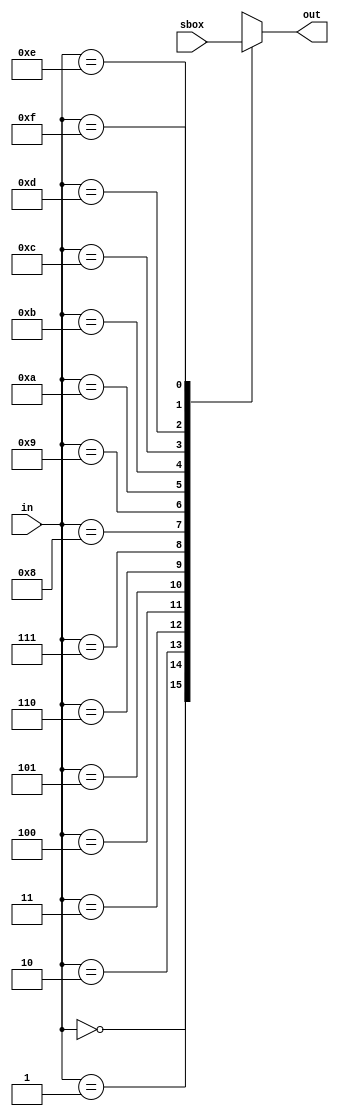
module gost89_sbox(
  input      [63:0] sbox,
  input      [3:0]  in,
  output reg [3:0]  out
);
  always @(in or sbox)
    case (in)
      4'h0: out <= sbox[63:60];
      4'h1: out <= sbox[59:56];
      4'h2: out <= sbox[55:52];
      4'h3: out <= sbox[51:48];
      4'h4: out <= sbox[47:44];
      4'h5: out <= sbox[43:40];
      4'h6: out <= sbox[39:36];
      4'h7: out <= sbox[35:32];
      4'h8: out <= sbox[31:28];
      4'h9: out <= sbox[27:24];
      4'ha: out <= sbox[23:20];
      4'hb: out <= sbox[19:16];
      4'hc: out <= sbox[15:12];
      4'hd: out <= sbox[11:8];
      4'he: out <= sbox[7:4];
      4'hf: out <= sbox[3:0];
    endcase
endmodule